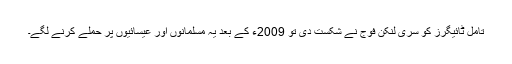
تامل ٹائیگرز کو سری لنکن فوج نے شکست دی تو 2009ء کے بعد یہ مسلمانوں اور عیسائیوں پر حملے کرنے لگے۔